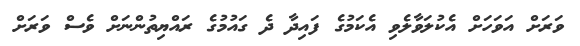
ވަރަށް އަވަހަށް އެކުލަވާލެވި އެކަމުގެ ފައިދާ ދެ ގައުމުގެ ރައްޔިތުންނަށް ވެސް ވަރަށް